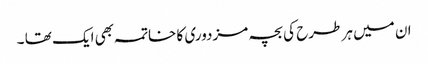
ان میں ہر طرح کی بچہ مزدوری کا خاتمہ بھی ایک تھا ۔